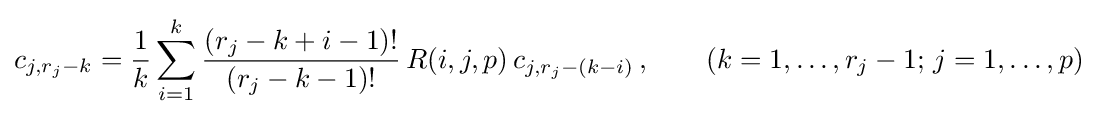
c_{j,r_{j}-k}={\frac {1}{k}}\sum _{i=1}^{k}{\frac {(r_{j}-k+i-1)!}{(r_{j}-k-1)!}}\,R(i,j,p)\,c_{j,r_{j}-(k-i)}\,,~~~~~~(k=1,\ldots ,r_{j}-1;\,j=1,\ldots ,p)